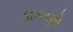
ડાકણો